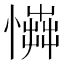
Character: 𢢟